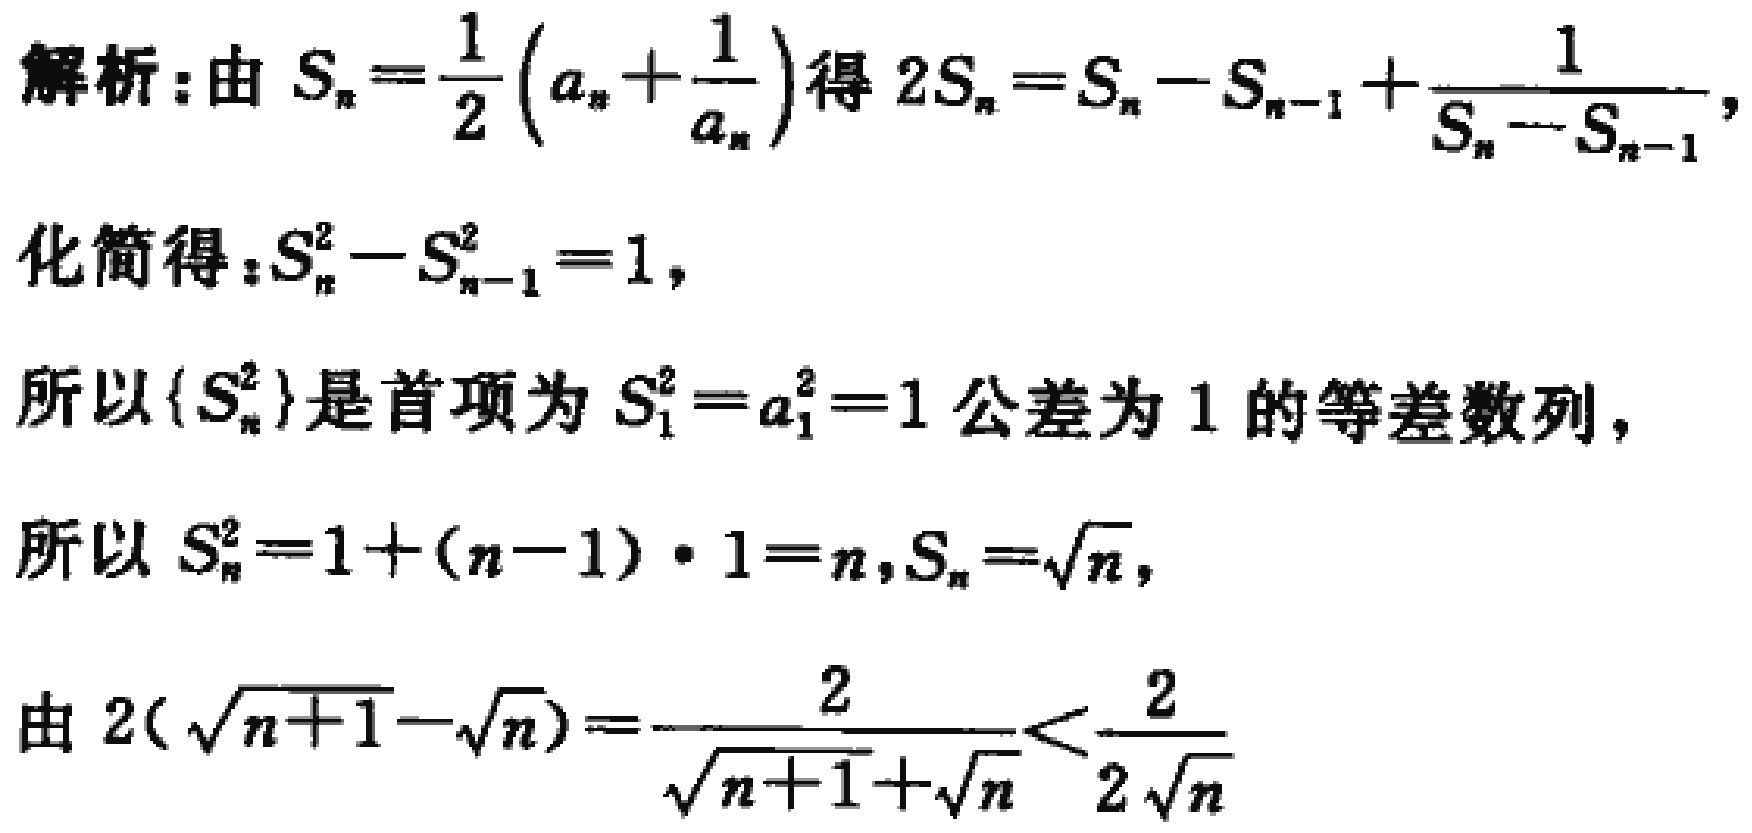
解析：由 \(S_{n}=\frac{1}{2}(a_{n}+\frac{1}{a_{n}})\)得 \(2S_{n}=S_{n}-S_{n - 1}+\frac{1}{S_{n}-S_{n - 1}}\)，
化简得：\(S_{n}^{2}-S_{n - 1}^{2}=1\)，
所以\(\{S_{n}^{2}\}\)是首项为 \(S_{1}^{2}=a_{1}^{2}=1\)公差为 \(1\)的等差数列，
所以 \(S_{n}^{2}=1+(n - 1)\cdot1=n\)，\(S_{n}=\sqrt{n}\)，
由 \(2(\sqrt{n + 1}-\sqrt{n})=\frac{2}{\sqrt{n + 1}+\sqrt{n}}<\frac{2}{2\sqrt{n}}\)